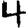
Digit: 4